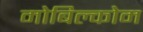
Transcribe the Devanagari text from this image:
मोबिल्कोम